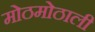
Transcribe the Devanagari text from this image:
मोठमोठाली